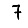
Digit: 7